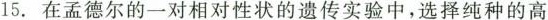
15.在孟德尔的一对相对性状的遗传实验中，选择纯种的高